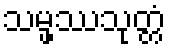
သမ္ဖဿသုတ္တံ